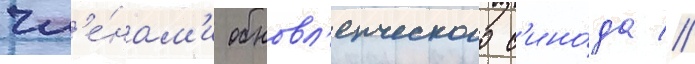
чл'е́нам'и обновл'енческого с'ино́да //